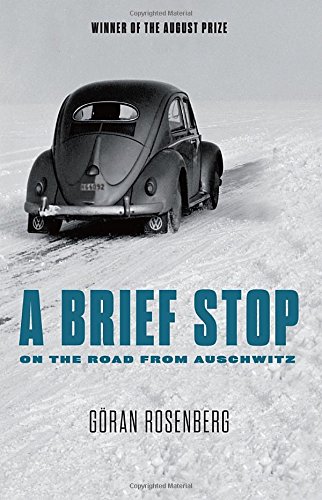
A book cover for A Brief Stop On the Road From Auschwitz; Goran Rosenberg; Biographies & Memoirs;